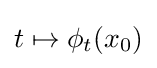
t\mapsto \phi _{t}(x_{0})